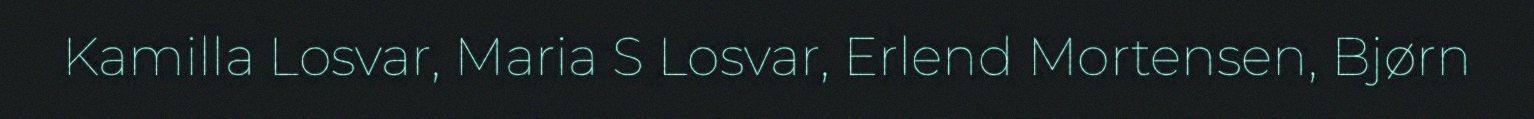
Kamilla Losvar, Maria S Losvar, Erlend Mortensen, Bjørn